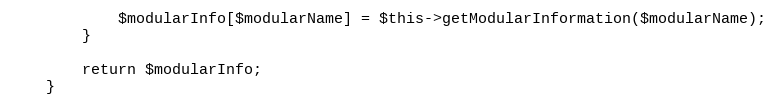
Language: PHP
            $modularInfo[$modularName] = $this->getModularInformation($modularName);
        }

        return $modularInfo;
    }